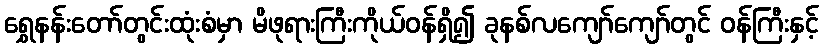
ရွှေနန်းတော်တွင်းထုံးစံမှာ မိဖုရားကြီးကိုယ်ဝန်ရှိ၍ ခုနစ်လကျော်ကျော်တွင် ဝန်ကြီးနှင့်